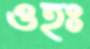
ওহঃ